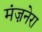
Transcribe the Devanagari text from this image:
मंज़नेरा